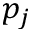
p _ { j }